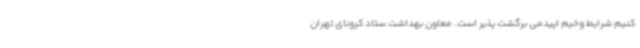
کنیم شرایط وخیم اپیدمی برگشت پذیر است. معاون بهداشت ستاد کرونای تهران